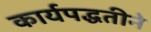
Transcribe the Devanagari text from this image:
कार्यपद्धतीने